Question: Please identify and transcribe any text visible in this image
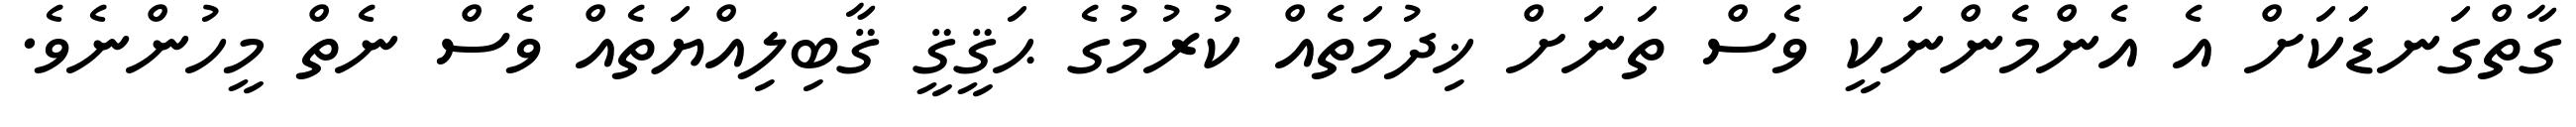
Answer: ގާތްގަނޑަކަށް އެ އެންމެންނަކީ ވެސް ތަނަށް ޚިދުމަތެއް ކުރުމުގެ ޙަޤީޤީ ޤާބިލިއްޔަތެއް ވެސް ނެތް މީހުންނެވެ.